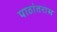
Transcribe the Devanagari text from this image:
पाठांतरास